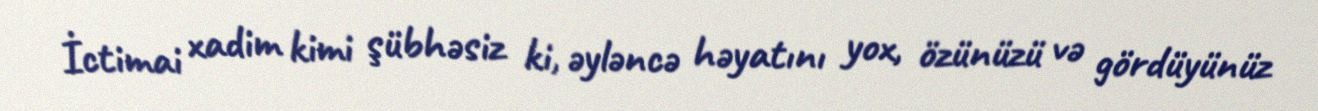
İctimai xadim kimi şübhəsiz ki, əyləncə həyatını yox, özünüzü və gördüyünüz